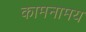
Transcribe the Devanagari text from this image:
कामनामय